Indian journal of veterinary science and animal husbandry - Volume 8,
Year: 1938
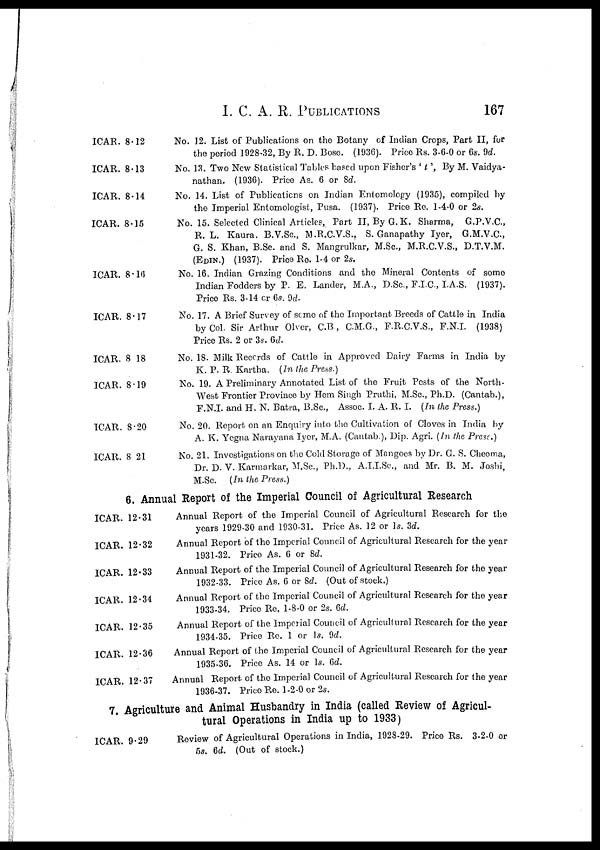
I. C. A. R.
PUBLICATIONS
167
ICAR. 8.12
ICAR. 8.13
ICAR. 8.14
ICAR. 8.15
ICAR. 8.15
ICAR. 8.17
ICAR. 8.18
ICAR. 8.19
ICAR. 8.20
ICAR. 8.21
No. 12. List of Publications on the Botany of Indian Crops, Part II, for
the period 1928-32, By R. D. Bose. (1936). Price Rs. 3-6-0 or 6s. 9d.
No. 13. Two New Statistical Tables based upon Fisher's ' t ', By M. Vaidya-
nathan, (1936). Price As. 6 or 8d.
No. 14. List of Publications on Indian Entomology (1935), compiled by
the Imperial Entomologist, Pusa. (1937). Price Re. 1-4-0 or 2s.
No. 15. Selected Clinical Articles, Part II, By G.K. Sharma,
G.P.V.C.,
R. L. Kaura. B.V.Sc., M.R.C.V.S., S. Ganapathy Iyer, G.M.V.C.,
G. S. Khan, B.Sc. and S. Mangrulkar, M.Sc., M.R.C.V.S., D.T.V.M.
(EDIN.) (1937). Price Re. 1-4 or 2s.
No. 16. Indian Grazing Conditions and the Mineral Contents of some
Indian Fodders by P. E. Lander, M.A., D.Sc., F.I.C., I.A.S. (1937).
Price Rs. 3-14 or 6s. 9d.
No. 17. A Brief Survey of some of the Important Breeds of Cattle in India
by Col. Sir Arthur Olver, C.B., C.M.G., F.R.C.V.S., F.N.I. (1938)
Price Rs. 2 or 3s. 6d.
No. 18. Milk Records of Cattle in Approved Dairy Farms in India by
K. P. R. Kartha. (In the Press.)
No. 19. A Preliminary Annotated List of the Fruit Pests of the North¬
West Frontier Province by Hem Singh Pruthi, M.Sc., Ph.D. (Cantab.),
F.N.I., and H. N. Batra, B.Sc., Assoc. I. A. R. I. (In the Press.)
No. 20. Report on an Enquiry into the Cultivation of Cloves in India by
A. K. Yegna Narayana Iyer, M.A. (Cantab.), Dip. Agri. (In the Press.)
No. 21. Investigations on the Cold Storage of Mangoes by Dr. G. S. Cheema,
Dr. D. V. Karmarkar, M.Sc., Ph.D., A.I.I.Sc., and Mr. B. M. Joshi,
M.Sc. (In the Press.)
6. Annual Report of the Imperial Council of Agricultural Research
ICAR. 12.31
ICAR. 12.32
ICAR. 12.33
ICAR. 12.34
ICAR. 12.35
ICAR. 12.36
ICAR. 12.37
Annual Report of the Imperial Council of Agricultural Research for the
years 1929-30 and 1930-31. Price As. 12 or 1s. 3d.
Annual Report of the Imperial Council of Agricultural Research for the year
1931-32. Price As. 6 or 8d.
Annual Report of the Imperial Council of Agricultural Research for the year
1932-33. Price As. 6 or 8d. (Out of stock.)
Annual Report of the Imperial Council of Agricultural Research for the year
1933-34. Price Re. 1-8-0 or 2s. 6d.
Annual Report of the Imperial Council of Agricultural Research for the year
1934-35. Price Re. 1 or 1s. 9d.
Annual Report of the Imperial Council of Agricultural Research for the year
1935-36. Price As. 14 or 1s. 6d.
Annual Report of the Imperial Council of Agricultural Research for the year
1936-37. Price Re. 1-2-0 or 2s.
7. Agriculture and Animal Husbandry in India (called Review of Agricul-
tural Operations in India up to 1933)
ICAR. 9.29
Review of Agricultural Operations in India, 1928-29. Price Rs. 3-2-0 or
5s. 6d. (Out of stock.)